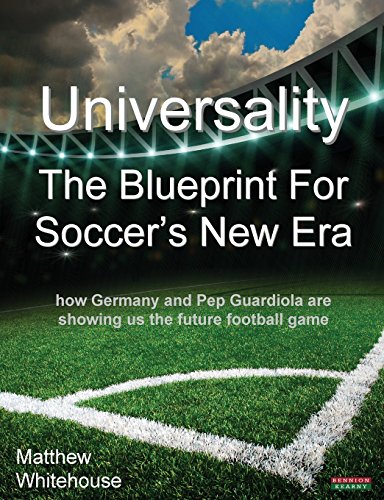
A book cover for Universality - The Blueprint for Soccer's New Era: How Germany and Pep Guardiola Are Showing Us the Future Football Game; Matthew Whitehouse; Sports & Outdoors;